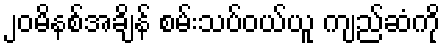
၂၀မိနစ်အချိန် စမ်းသပ်ဝယ်ယူ ကျည်ဆံကို